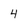
Character: 4